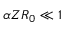
\alpha Z R _ { 0 } \ll 1